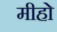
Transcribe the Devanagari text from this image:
मीहो